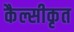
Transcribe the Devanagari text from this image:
कैल्सीकृत